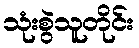
သုံးစွဲသူတိုင်း